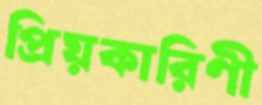
প্রিয়কারিণী